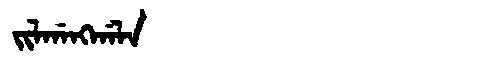
Manchu: ᠵᡳᠯᡤᠠᠩᡤᠠᠯᠠ
Romanization: JILGANGGALA